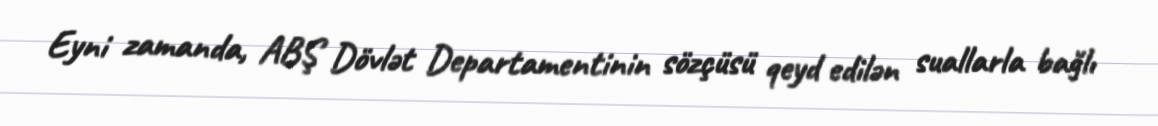
Eyni zamanda, ABŞ Dövlət Departamentinin sözçüsü qeyd edilən suallarla bağlı